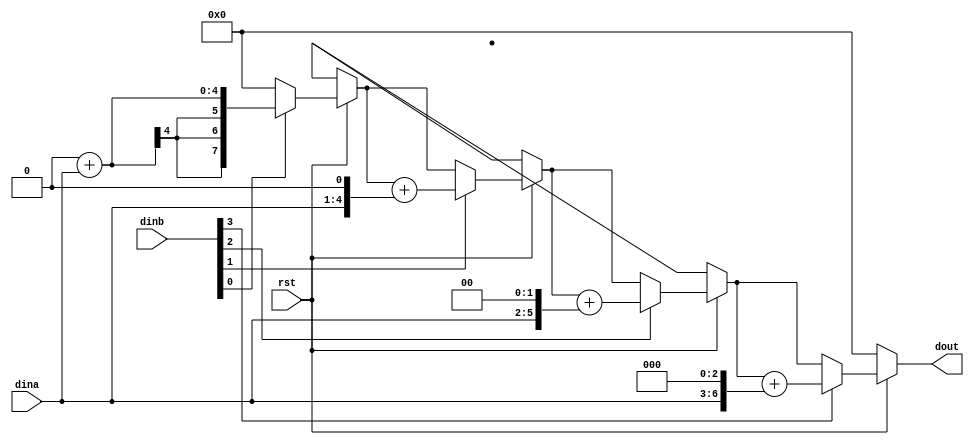
`timescale 1ns/1ps

module multiply(rst,dina,dinb,dout);
		input rst;
		input signed [3:0] dina;
		input signed [3:0] dinb;
		output signed [7:0] dout;	


reg [7:0] dout;
reg [3:0] i;

//
always@(*)
begin
		if(!rst)
			begin
				dout=0;
			end
		else
			begin	
				dout=0;
				for(i=0;i<=3;i=i+1)
					if(dinb[i])
						dout = dout + (dina<<i);
			end
end

endmodule